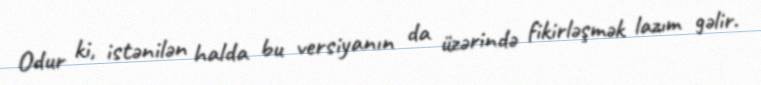
Odur ki, istənilən halda bu versiyanın da üzərində fikirləşmək lazım gəlir.